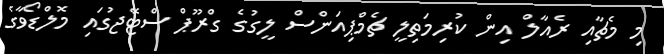
މި މެޗާއި ރެއާލް އިން ކުރިމަތިލީ ޗެމްޕިއަންސް ލީގުގެ ގްރޫޕް ސްޓޭޖުގައި މޮލްޑޯވާގެ